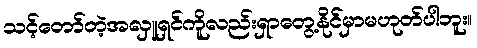
သင့်တော်တဲ့အလှူရှင်ကိူလည်းရှာတွေ့နိုင်မှာမဟုတ်ပါဘူး။